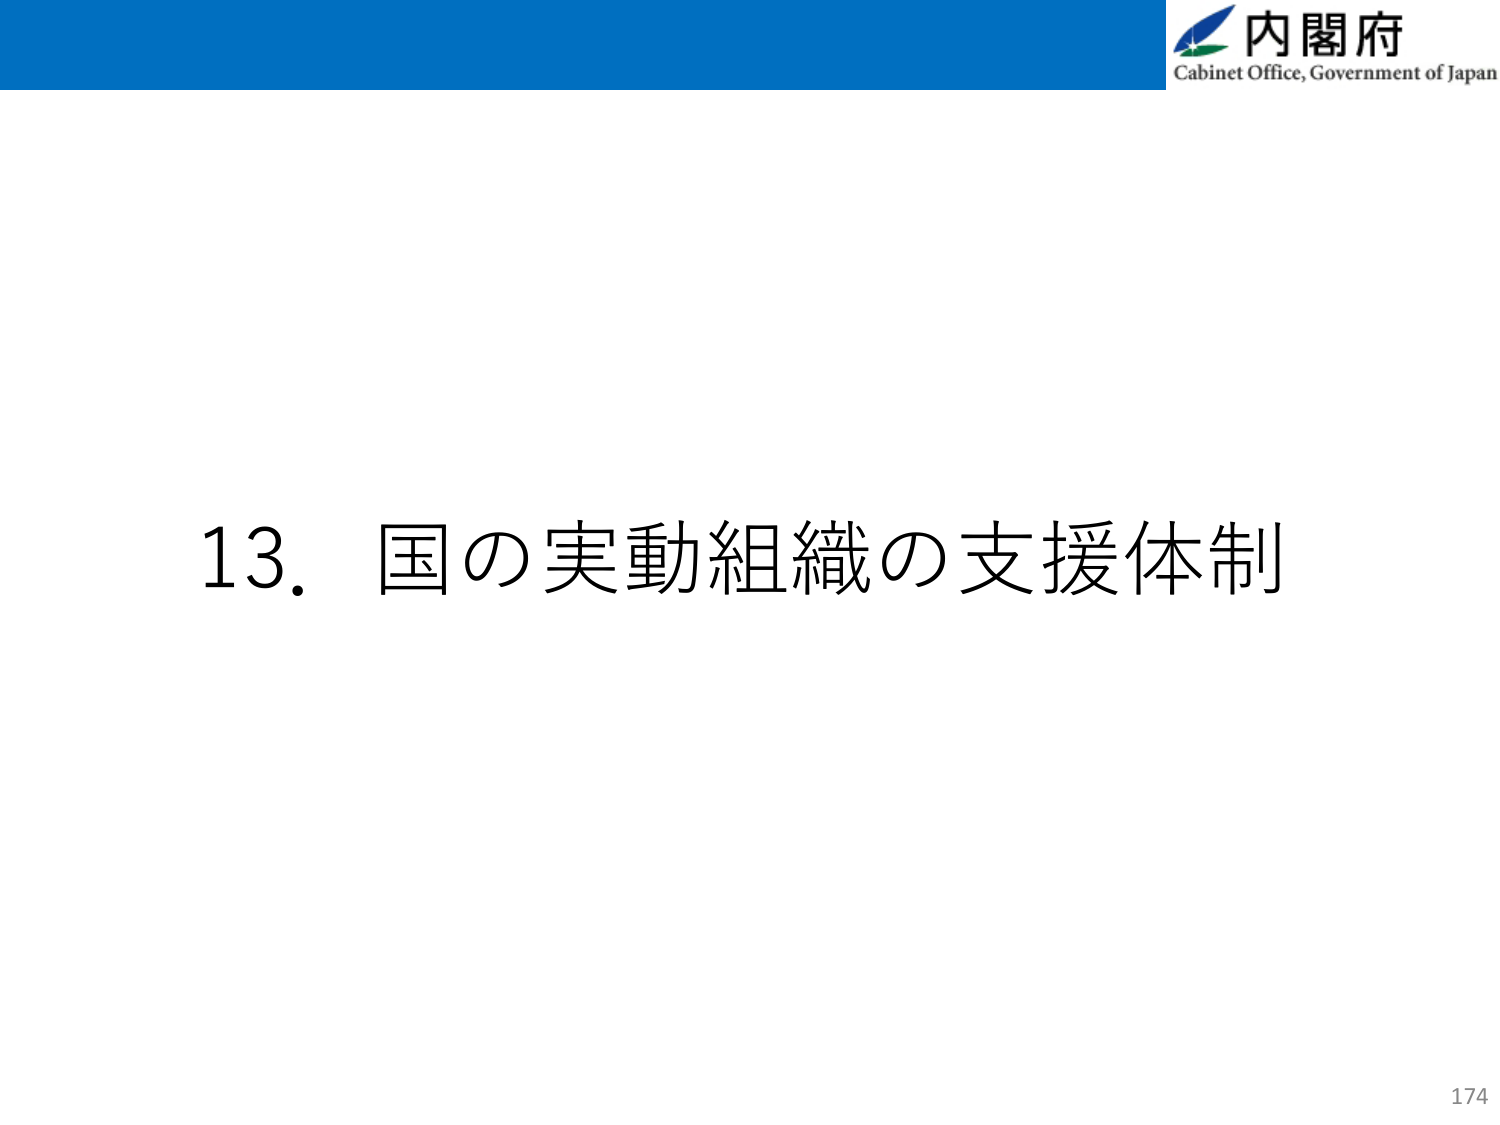
内閣府
Cabinet Office, Government of Japan
13. 国の実動組織の支援体制
174